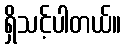
ရှိသင့်ပါတယ်။